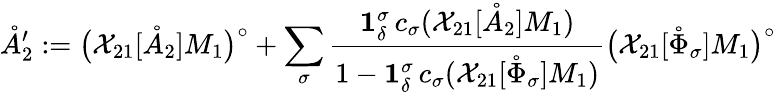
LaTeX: \mathring{A}_{2}^{\prime}:=\big(\mathcal{X}_{21}[\mathring{A}_{2}]M_{1}\big)^{\circ}+\sum_{\sigma}\frac{\mathbf{1}_{\delta}^{\sigma}\, c_{\sigma}(\mathcal{X}_{21}[\mathring{A}_{2}]M_{1})}{1-\mathbf{1}_{\delta}^{\sigma}\, c_{\sigma}(\mathcal{X}_{21}[\mathring{\Phi}_{\sigma}]M_{1})}\big(\mathcal{X}_{21}[\mathring{\Phi}_{\sigma}]M_{1}\big)^{\circ}